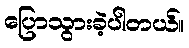
ပြောသွားခဲ့ပါတယ်။